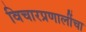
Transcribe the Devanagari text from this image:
विचारप्रणालींचा